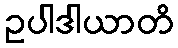
ဥပါဒါယာတိ